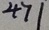
4 7 1